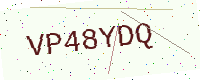
Text: VP48YDQ